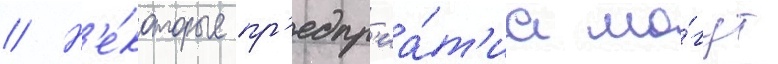
// Н'е́которые пр'едпр'иа́т'иа мо́гут